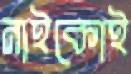
নাইকোই